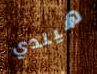
هيلدي